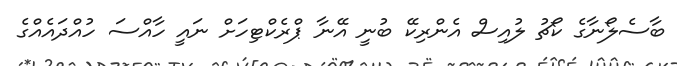
ބާސެލޯނާގެ ކޯޗު ލުއިސް އެންރިކޭ ބުނީ އޭނާ ޕްރެކްޓިހަށް ނައީ ހާއްސަ ހުއްދައެއްގެ